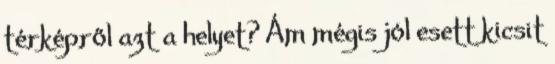
térképről azt a helyet? Ám mégis jól esett kicsit